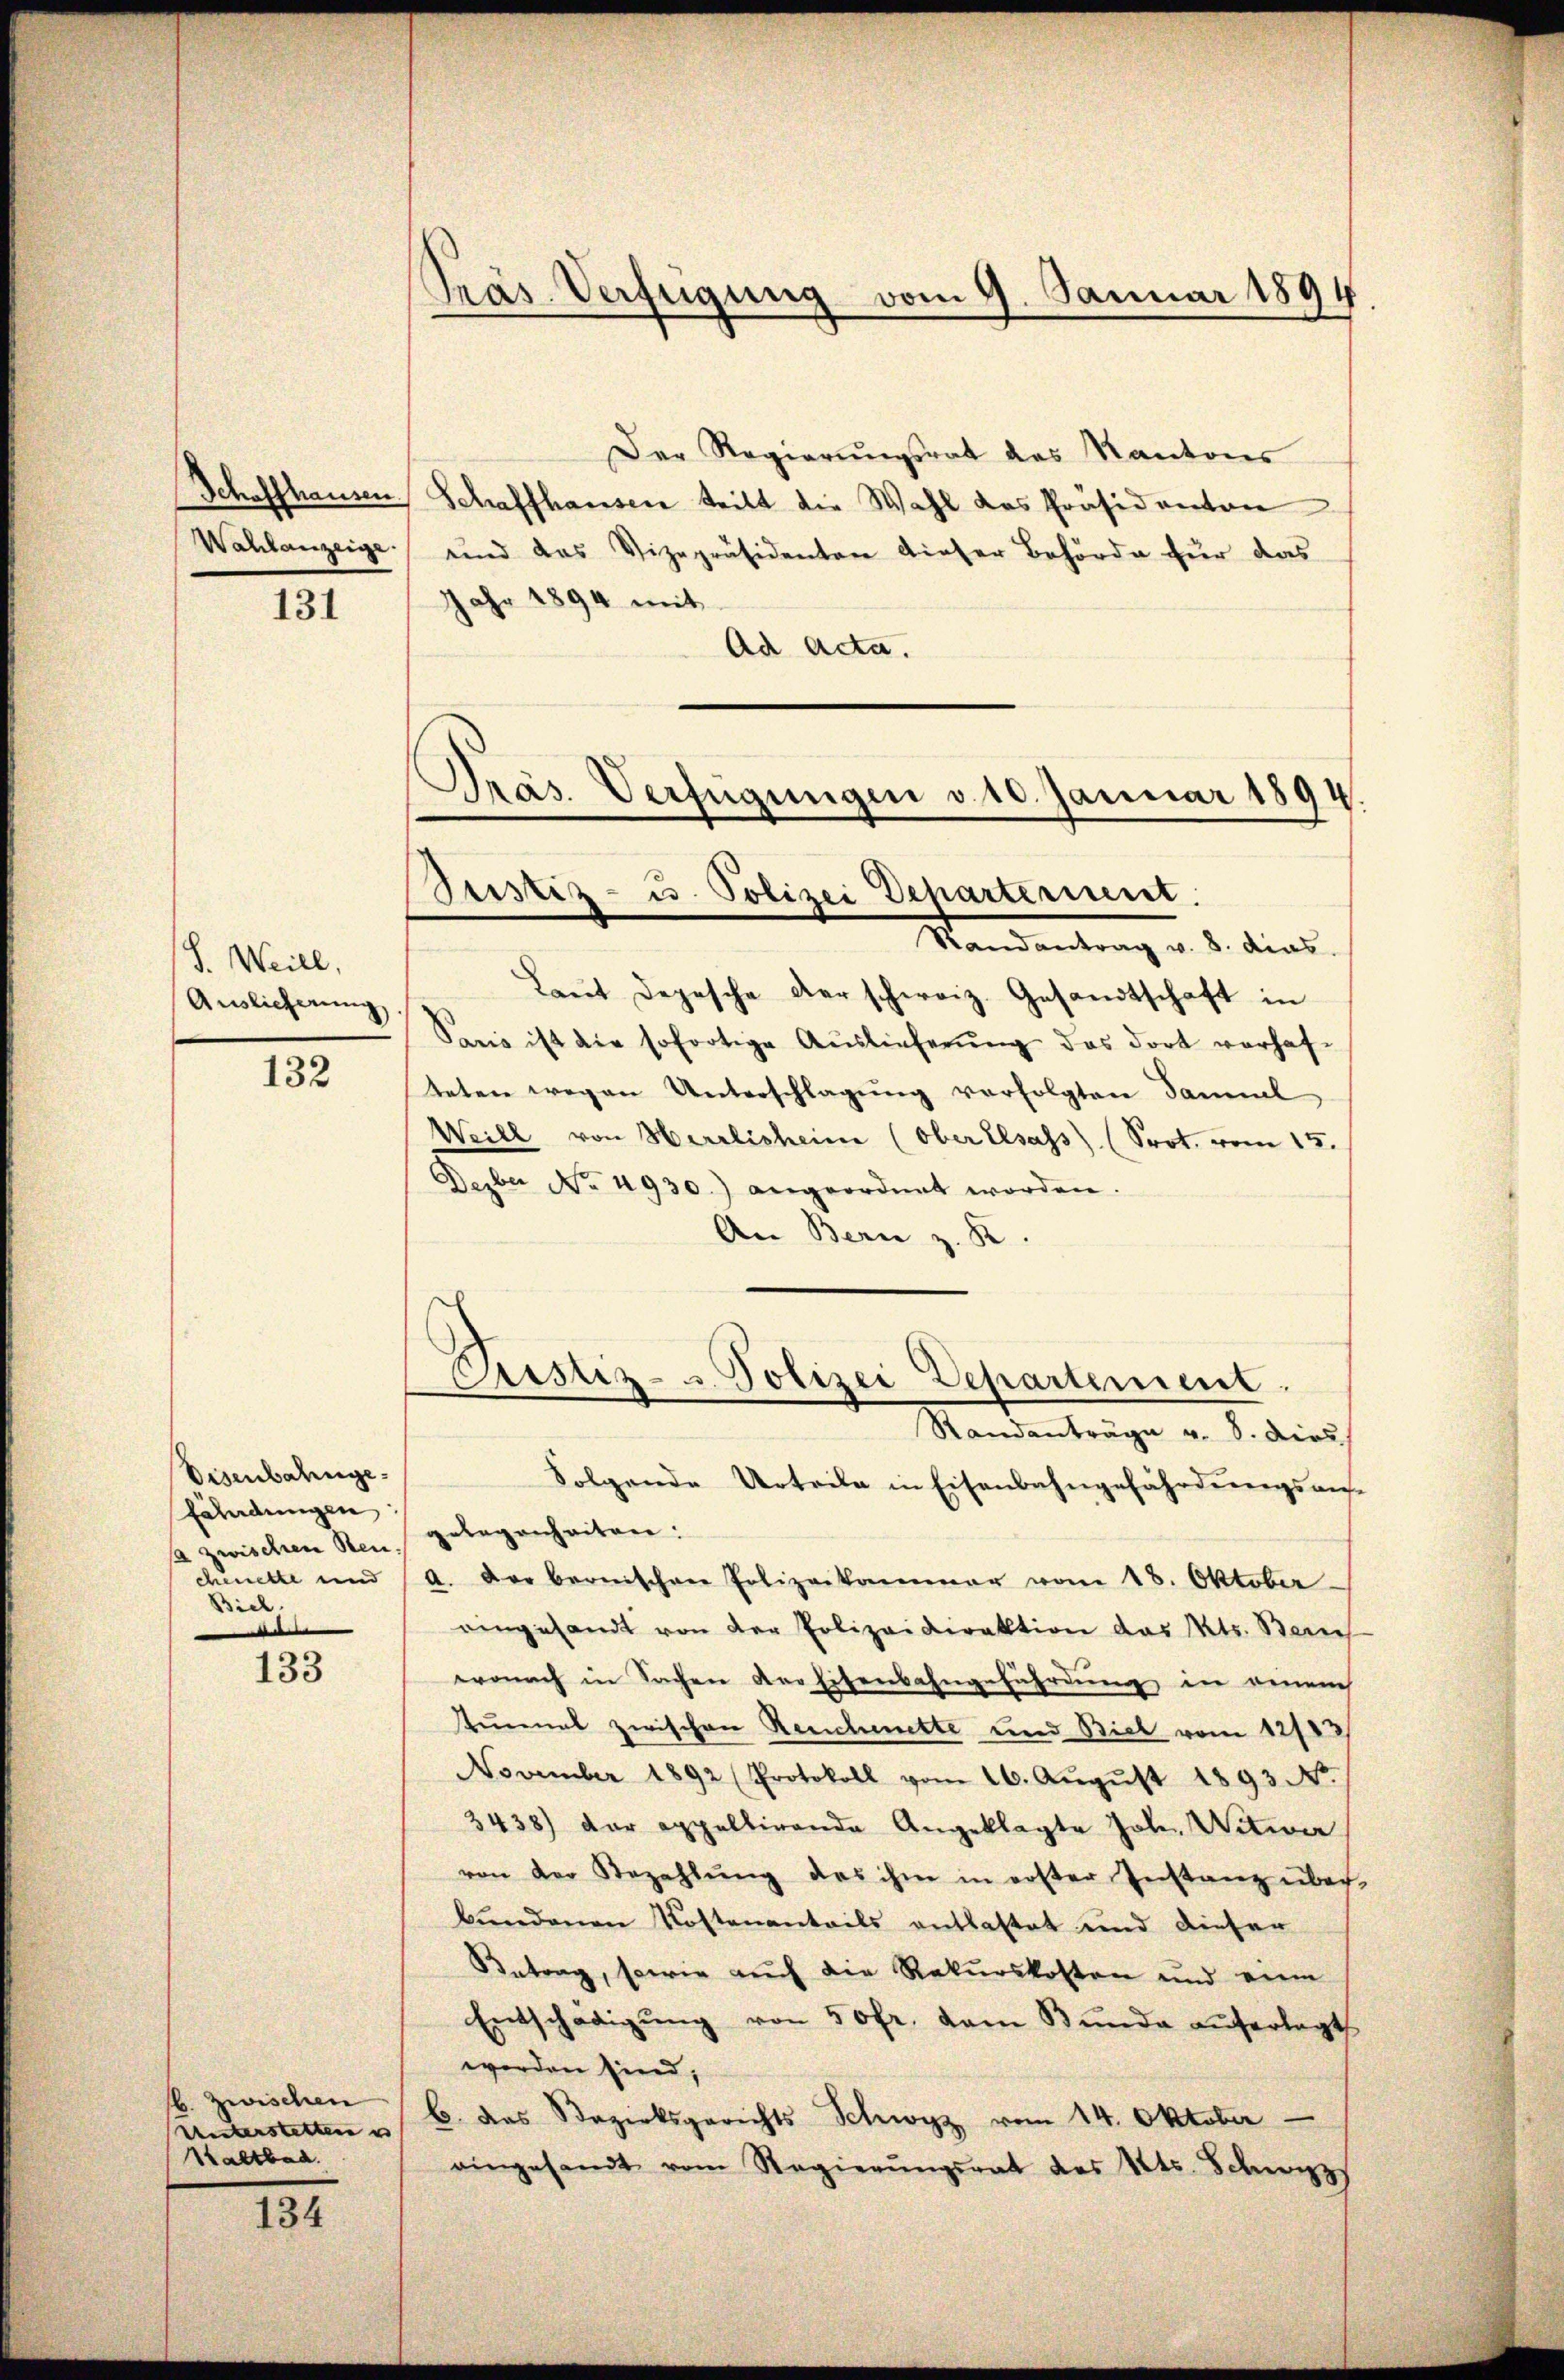
Schaffhausen.
Wahlanzeige

131

S. Weill,
Auslieferung

132

Disenbahnge
fährdungen
a zwischen Reu.
chenette und
Biel

133

b. Zwischen
Unterstetten e
Kaltbad.

134

Präs. Verfügung vom 9. Januar 1894

Beistiz- u. Polizei Departement.

Piustiz- u Polizei Departement.

Der Regierungsrat des Kantons
Schaffhausen teilt die Wahl das Präsidanton
und das Vizepräsidenten dieser Behörde für das
Jahr 1894 mit
Ad Acta.
Präs. Verfügungen v. 10. Januar 1894.

Randantrag v. 8. dies
Laŭt Depesche der schweiz. Gesandtschaft in
Paris ist die sofortige Auslieferŭng das dort verhafteten wegen Unterschlagung verfolgten Samml
Weill von Herrlisheime (ober Elsass) (Prot. vom 15.
Depber No. 4930.) angeordnet worden.
An Bern z. R.
Randanträge v. 8. dies
Folgende Urteile in Eisenbahngefährdungsangelegenheiten:
a. Der bernischen Polizeikammer vom 18. Oktober
eingesandt von der Polizeidirektion des Kts. Beis
wonach in Sachen der Eisenbahngefährdung in einem
Zinmal zwischen Reichenette und Biel vom 12183
November 1892 (Protokoll vom 26. Aŭgŭst 1893. No.
3438) der appellirende Angeklagte Joh. Witwer
von der Bezahlŭng des ihm in erster Instanz über-
bundenen Kostenanteils entlastet und dieser
Betrag, sowie auch die Rekurskosten und eine
Entschädigŭng von 50fr. dem Bŭnda auferlegt
werden sind,
b. das Bezirksgerichts Schwyz vom 14. Oktober
eingesandt vom Regierŭngsrat des Kts. Schwyz